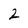
Character: 2